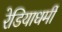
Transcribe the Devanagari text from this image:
रेडियाधर्मी